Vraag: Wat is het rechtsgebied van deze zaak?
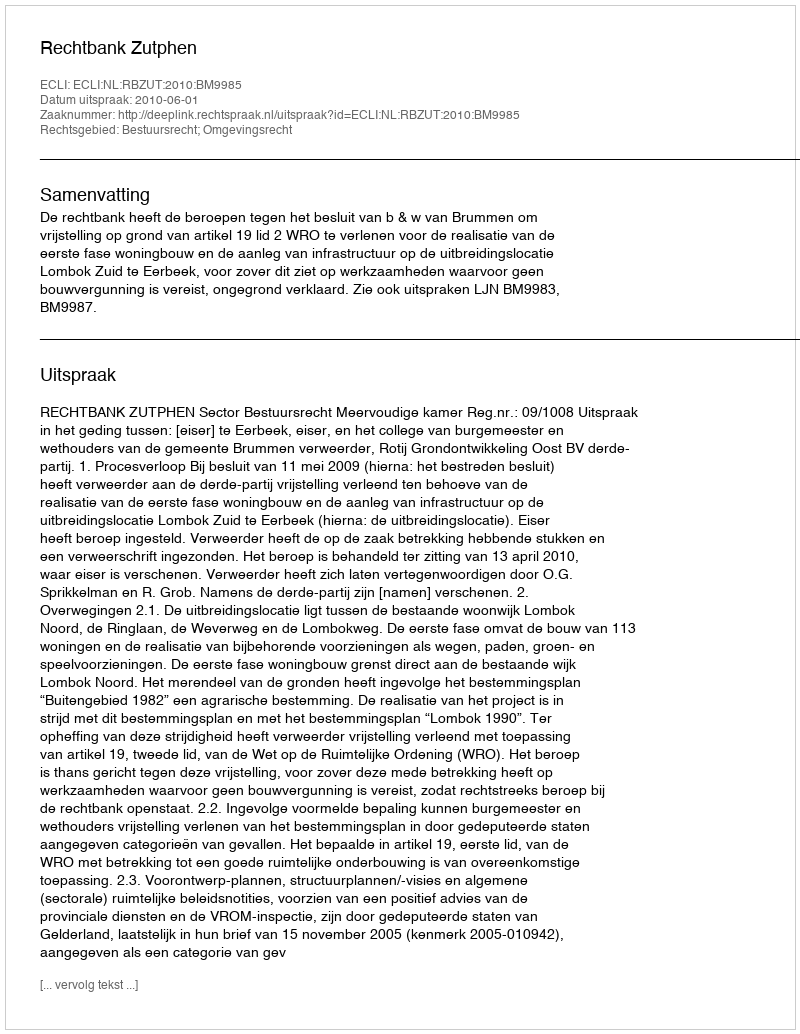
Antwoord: Bestuursrecht; Omgevingsrecht